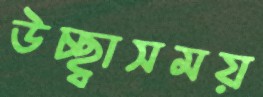
উচ্ছ্বাসময়